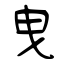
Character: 曳